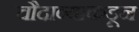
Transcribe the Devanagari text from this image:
चौदाव्याकडून